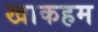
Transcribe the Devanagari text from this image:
खाकहम